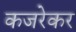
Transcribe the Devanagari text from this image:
कजरेकर